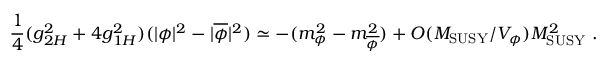
{ \frac { 1 } { 4 } } ( g _ { 2 H } ^ { 2 } + 4 g _ { 1 H } ^ { 2 } ) ( | \phi | ^ { 2 } - | \overline { { { \phi } } } | ^ { 2 } ) \simeq - ( m _ { \phi } ^ { 2 } - m _ { \overline { { { \phi } } } } ^ { 2 } ) + { \cal O } ( M _ { \mathrm { S U S Y } } / V _ { \phi } ) M _ { \mathrm { S U S Y } } ^ { 2 } ~ .